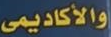
والأكاديمي